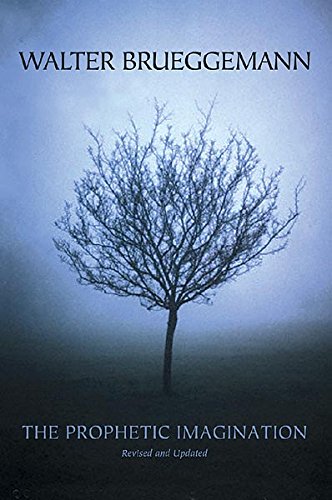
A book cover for The Prophetic Imagination, 2nd Edition; Walter Brueggemann; Christian Books & Bibles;